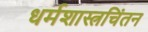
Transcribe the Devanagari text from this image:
धर्मशास्त्रचिंतन